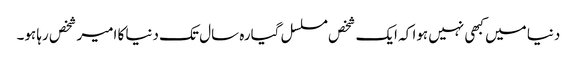
دنیا میں کبھی نہیں ہوا کہ ایک شخص مسلسل گیارہ سال تک دنیا کا امیر شخص رہا ہو۔